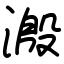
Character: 溵